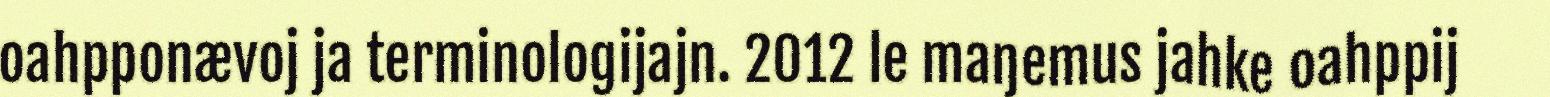
oahpponævoj ja terminologijajn. 2012 le maŋemus jahke oahppij